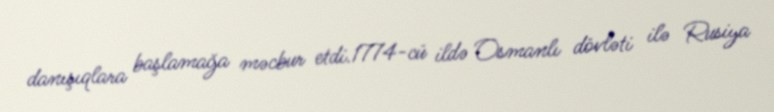
danışıqlara başlamağa məcbur etdi.1774-cü ildə Osmanlı dövləti ilə Rusiya